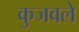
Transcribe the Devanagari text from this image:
कुजवले